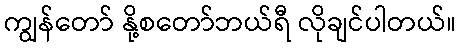
ကျွန်တော် နို့စတော်ဘယ်ရီ လိုချင်ပါတယ်။